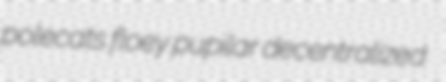
polecats floey pupilar decentralized